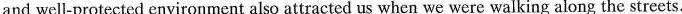
and well-protected environment also attracted us when we were walking along the streets.